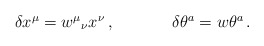
\begin{align*}\begin{array}{cc}\delta x^{\mu}=w^{\mu}{}_{\nu}x^{\nu}\,,~~~~&~~~~ \delta\theta^{a}=w\theta^{a}\,.\end{array}\end{align*}